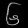
Digit: ၆